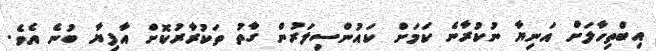
އިބްތިހާލަށް އަނިޔާ ނުކުރާނެ ކަމަށް ކައުންސިލަރުން ގާތު ތަކުރާރުކޮށް އާފިޔާ ބުނެ އެވެ.